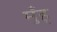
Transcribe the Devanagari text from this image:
मुँह्